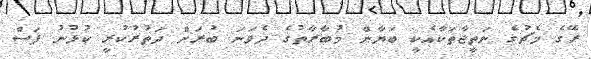
ރޭގެ މެޗުގެ ނަތީޖާތަކާއެކީ ބަޔާން މުބާރާތުގެ ދެވަނަ ބުރަށް ދަތުރުކުރީ ކުޅުނު ފަސް